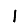
Digit: 1